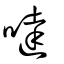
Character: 噠